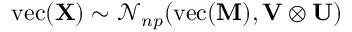
\mathrm { v e c } ( \mathbf { X } ) \sim { \mathcal { N } } _ { n p } ( \mathrm { v e c } ( \mathbf { M } ) , \mathbf { V } \otimes \mathbf { U } )